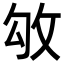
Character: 𢼃